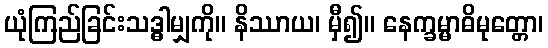
ယုံကြည်ခြင်းသဒ္ဓါမျှကို။ နိဿာယ၊ မှီ၍။ နေက္ခမ္မာဓိမုတ္တော၊